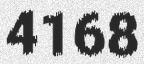
4168